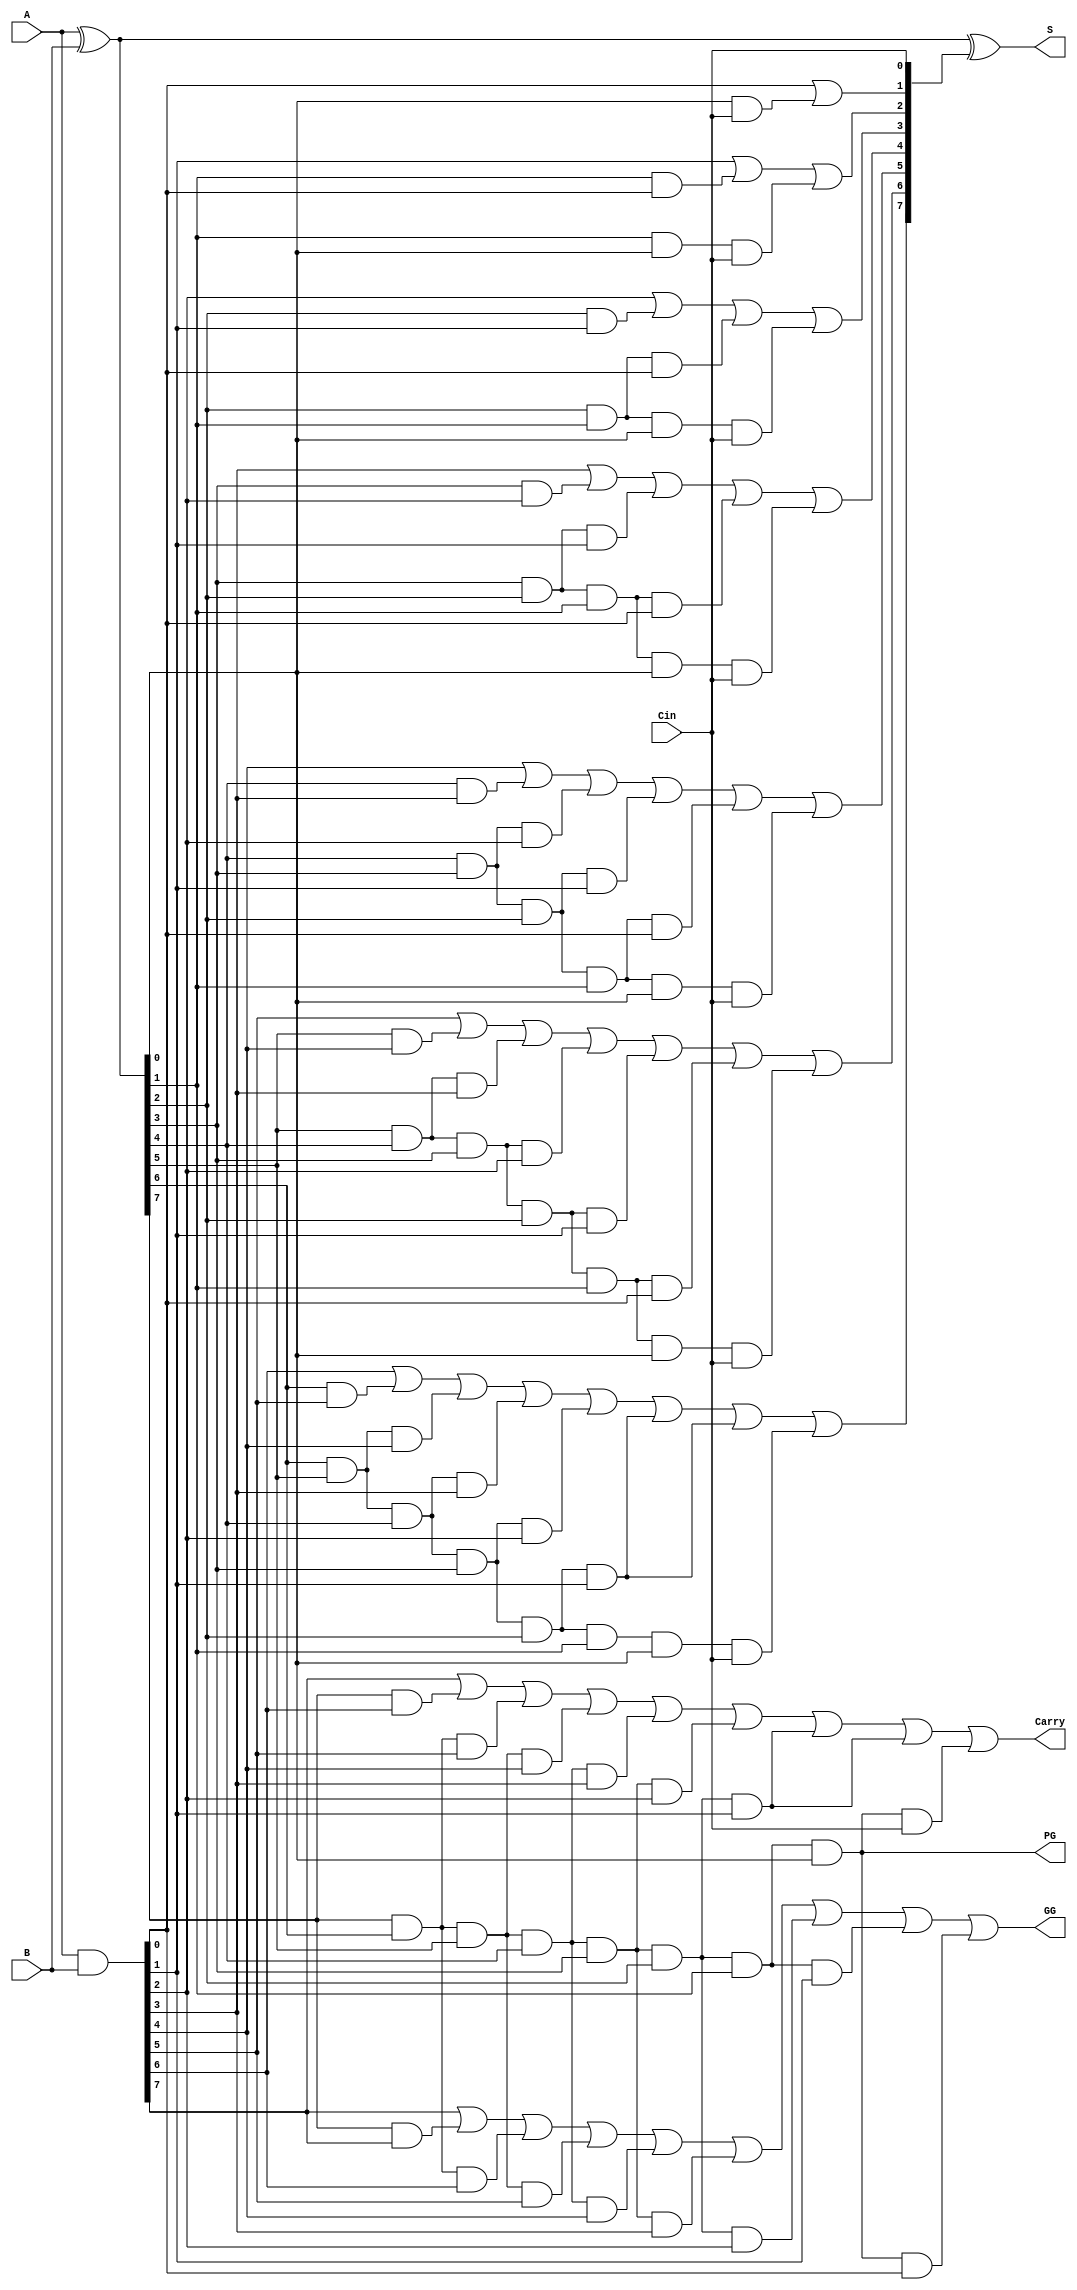
`timescale 1ns / 1ps
module CLA(
    input [7:0] A,
    input [7:0] B,
    output [7:0] S,
    output Carry,
	 output PG, GG,
    input Cin
    );
wire [7:0] G, P, C ;
assign G = A & B;  //Generate 
assign P = A ^ B;	 //Propogate	
assign S = P ^ C;  // Sum
assign C[0] = Cin;
assign C[1] = G[0] | (P[0] & C[0]);
assign C[2] = G[1] | (P[1] & G[0]) | (P[1] & P[0] & C[0]);
assign C[3] = G[2] | (P[2] & G[1] ) | (P[2] & P[1] & G[0]) | (P[2] & P[1] & P[0] & C[0]);
assign C[4] = G[3] | (P[3] & G[2] ) | (P[3] & P[2] & G[1]) | (P[3] & P[2] & P[1] & G[0]) | (P[3] & P[2] & P[1] & P[0] & C[0]);
assign C[5] = G[4] | (P[4] & G[3] ) | (P[4] & P[3] & G[2]) | (P[4] & P[3] & P[2] & G[1]) | (P[4] & P[3] & P[2] & P[1] & G[0]) | (P[4] & P[3] & P[2] & P[1] & P[0] & C[0]);
assign C[6] = G[5] | (P[5] & G[4] ) | (P[5] & P[4] & G[3]) | (P[5] & P[4] & P[3] & G[2]) | (P[5] & P[4] & P[3] & P[2] & G[1]) | (P[5] & P[4] & P[3] & P[2] & P[1] & G[0]) | (P[5] & P[4] & P[3] & P[2] & P[1] & P[0] & C[0]) ;
assign C[7] = G[6] | (P[6] & G[5] ) | (P[6] & P[5] & G[4]) | (P[6] & P[5] & P[4] & G[3]) | (P[6] & P[5] & P[4] & P[3] & G[2]) | (P[6] & P[5] & P[4] & P[3] & P[2] & G[1]) | (P[6] & P[5] & P[4] & P[3] & P[2] & G[1]) | (P[6] & P[5] & P[4] & P[3] & P[2] & P[1] & P[0] & C[0]) ; 
assign Carry = G[7] | (P[7] & G[6]) | (P[7] & P[6] & G[5]) | (P[7] & P[6] & P[5] & G[4]) | (P[7] & P[6] & P[5] & P[4] & G[3]) | (P[7] & P[6] & P[5] & P[4] & P[3] & G[2]) | (P[7] & P[6] & P[5] & P[4] & P[3] & P[2] & G[1]) | (P[7] & P[6] & P[5] & P[4] & P[3] & P[2] & G[1]) | (P[7] & P[6] & P[5] & P[4] & P[3] & P[2] & P[1] & P[0] & C[0]);
assign PG = P[7] & P[6] & P[5] & P[4] & P[3] & P[2] & P[1] & P[0];		
assign GG = G[7] | (P[7] & G[7]) | (P[7] & P[6] & G[6]) | (P[7] & P[6] & P[5] & G[5]) | (P[7] & P[6] & P[5] & P[4] & G[4]) | (P[7] & P[6] & P[5] & P[4] & P[3] & G[3]) | (P[7] & P[6] & P[5] & P[4] & P[3] & P[2] & G[2]) | (P[7] & P[6] & P[5] & P[4] & P[3] & P[2] & P[1] & G[1]) | (P[7] & P[6] & P[5] & P[4] & P[3] & P[2] & P[1] & P[0] & G[0] ) ; 
endmodule